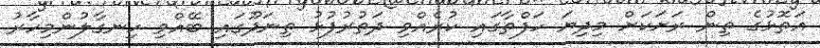
އަތޮޅުގެ ތިން ރަށަކަށް މިދިޔަ ހަފްތާގައި ކުރެއްވި ދަތުރުފުޅު ތިނަދޫގައި ބޭއްވި ހިނގާލުންމިހާރު